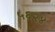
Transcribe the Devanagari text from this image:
५६२४